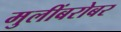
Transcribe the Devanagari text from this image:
मुलींबरोबर